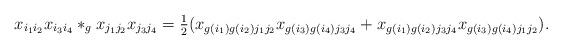
LaTeX: \begin{align*}x_{i_1i_2}x_{i_3i_4} \ast_g x_{j_1j_2}x_{j_3j_4} = \tfrac{1}{2} ( x_{g(i_1)g(i_2)j_1j_2} x_{g(i_3)g(i_4)j_3j_4} + x_{g(i_1)g(i_2)j_3j_4} x_{g(i_3)g(i_4)j_1j_2}). \end{align*}